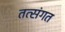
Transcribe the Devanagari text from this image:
तत्संगत